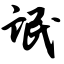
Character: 氓